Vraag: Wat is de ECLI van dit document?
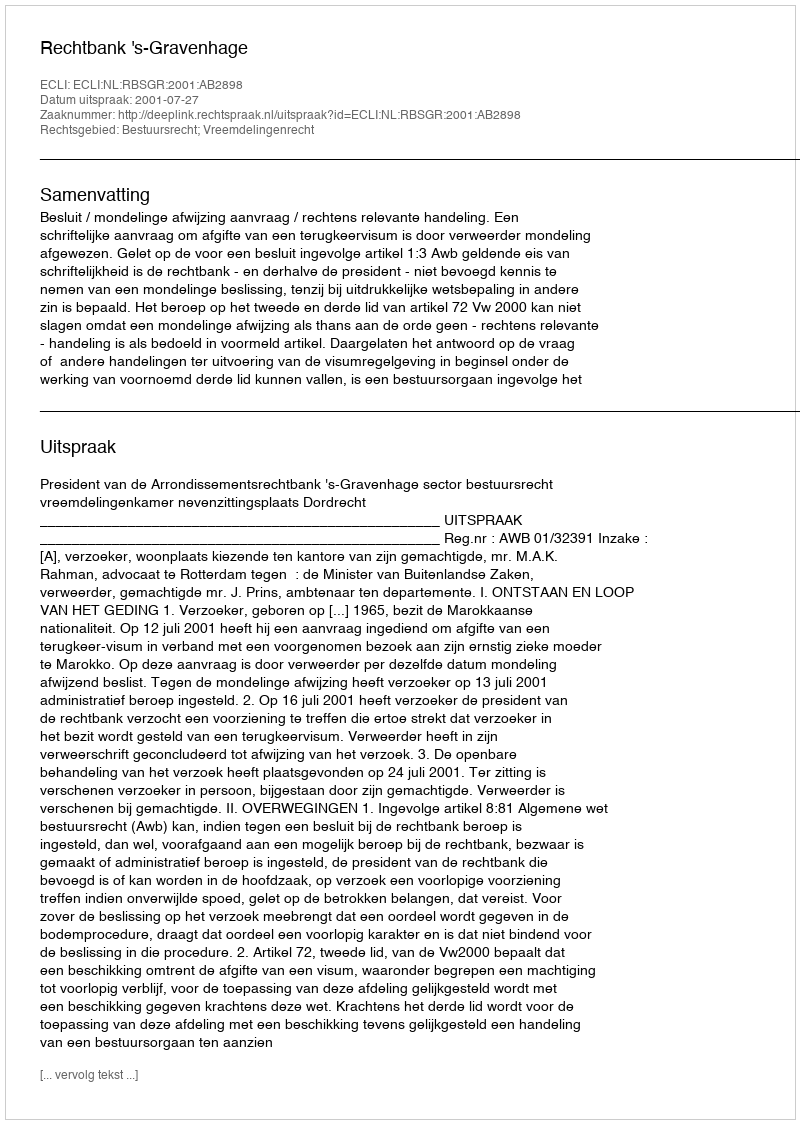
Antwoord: ECLI:NL:RBSGR:2001:AB2898